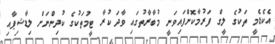
އެކެޑެމީ ތަކުގެ ލީގް ފަރުމާކޮށްފައިވަނީ މުބާރާތުގައި ވާދަ ކުރާ ޓީމުތަކުގެ ކުދިންނަށް ލިޑާޝިޕާއި